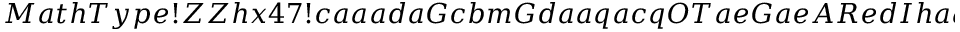
M a t h T y p e ! Z Z h x 4 7 ! c a a a d a G c b m G d a a q a c q O T a e G a e A R e d I h a a m q a a a q a s m O z d 8 a a a S q e b i